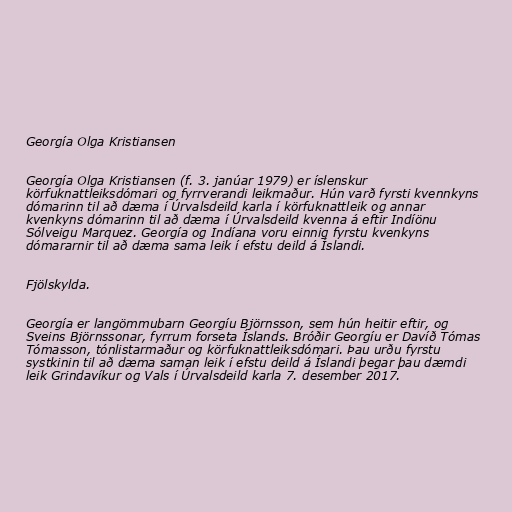
Georgía Olga Kristiansen

Georgía Olga Kristiansen (f. 3. janúar 1979) er íslenskur
körfuknattleiksdómari og fyrrverandi leikmaður. Hún varð fyrsti kvennkyns
dómarinn til að dæma í Úrvalsdeild karla í körfuknattleik og annar
kvenkyns dómarinn til að dæma í Úrvalsdeild kvenna á eftir Indíönu
Sólveigu Marquez. Georgía og Indíana voru einnig fyrstu kvenkyns
dómararnir til að dæma sama leik í efstu deild á Íslandi.

Fjölskylda.

Georgía er langömmubarn Georgíu Björnsson, sem hún heitir eftir, og
Sveins Björnssonar, fyrrum forseta Íslands. Bróðir Georgíu er Davíð Tómas
Tómasson, tónlistarmaður og körfuknattleiksdómari. Þau urðu fyrstu
systkinin til að dæma saman leik í efstu deild á Íslandi þegar þau dæmdi
leik Grindavíkur og Vals í Úrvalsdeild karla 7. desember 2017.